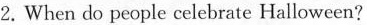
2.When do people celebrate Halloween?